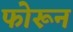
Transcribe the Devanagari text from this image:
फोरून